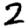
Digit: 2